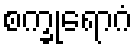
စက္ခုရောဂံ